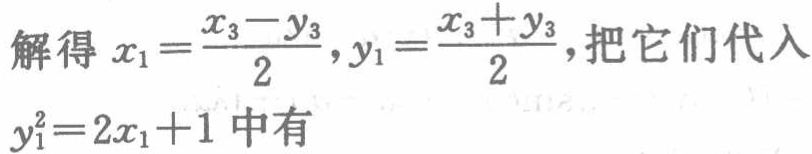
解得 \(x_{1}=\frac{x_{3}-y_{3}}{2},y_{1}=\frac{x_{3}+y_{3}}{2}\)，把它们代入 \(y_{1}^{2}=2x_{1}+1\) 中有